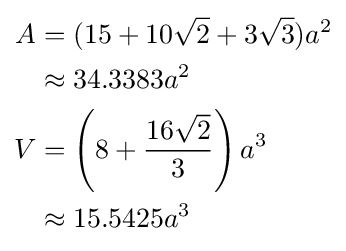
{\begin{aligned}A&=(15+10{\sqrt {2}}+3{\sqrt {3}})a^{2}\\&\approx 34.3383a^{2}\\V&=\left(8+{\frac {16{\sqrt {2}}}{3}}\right)a^{3}\\&\approx 15.5425a^{3}\end{aligned}}